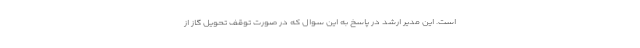
است. این مدیر ارشد در پاسخ به این سوال که در صورت توقف تحویل گاز از